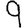
Digit: 9